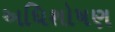
અધિશોષણ